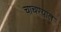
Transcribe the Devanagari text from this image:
चाचण्यात